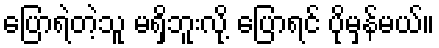
ပြောရဲတဲ့သူ မရှိဘူးလို့ ပြောရင် ပိုမှန်မယ်။